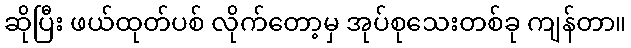
ဆိုပြီး ဖယ်ထုတ်ပစ် လိုက်တော့မှ အုပ်စုသေးတစ်ခု ကျန်တာ။